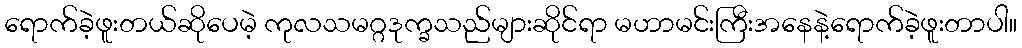
ရောက်ခဲ့ဖူးတယ်ဆိုပေမဲ့ ကုလသမဂ္ဂဒုက္ခသည်များဆိုင်ရာ မဟာမင်းကြီးအနေနဲ့ရောက်ခဲ့ဖူးတာပါ။